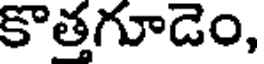
కొత్తగూడెం,